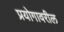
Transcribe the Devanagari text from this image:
प्रयोगावरील